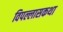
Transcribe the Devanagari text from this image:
विपल्लासकथा